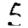
Digit: 5